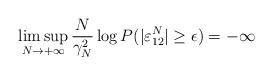
LaTeX: \begin{align*}\limsup_{N\rightarrow+\infty}\frac{N}{\gamma_N^2}\log P(|\varepsilon^N_{12}|\geq \epsilon)=-\infty\end{align*}